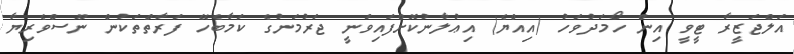
އަލްޖަޒީރާ ޓީވީ އިން ހޯމަދުވަހު (އިއްޔެ) އިޢުލާނުކޮށްފައިވަނީ ޖަރުމަނުގެ ކަމާބެހޭ ފަރާތްތަކުން ނޫސްވެރިޔާ